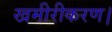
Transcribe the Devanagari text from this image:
खमीरीकरण।